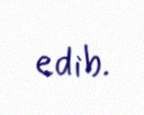
edib.